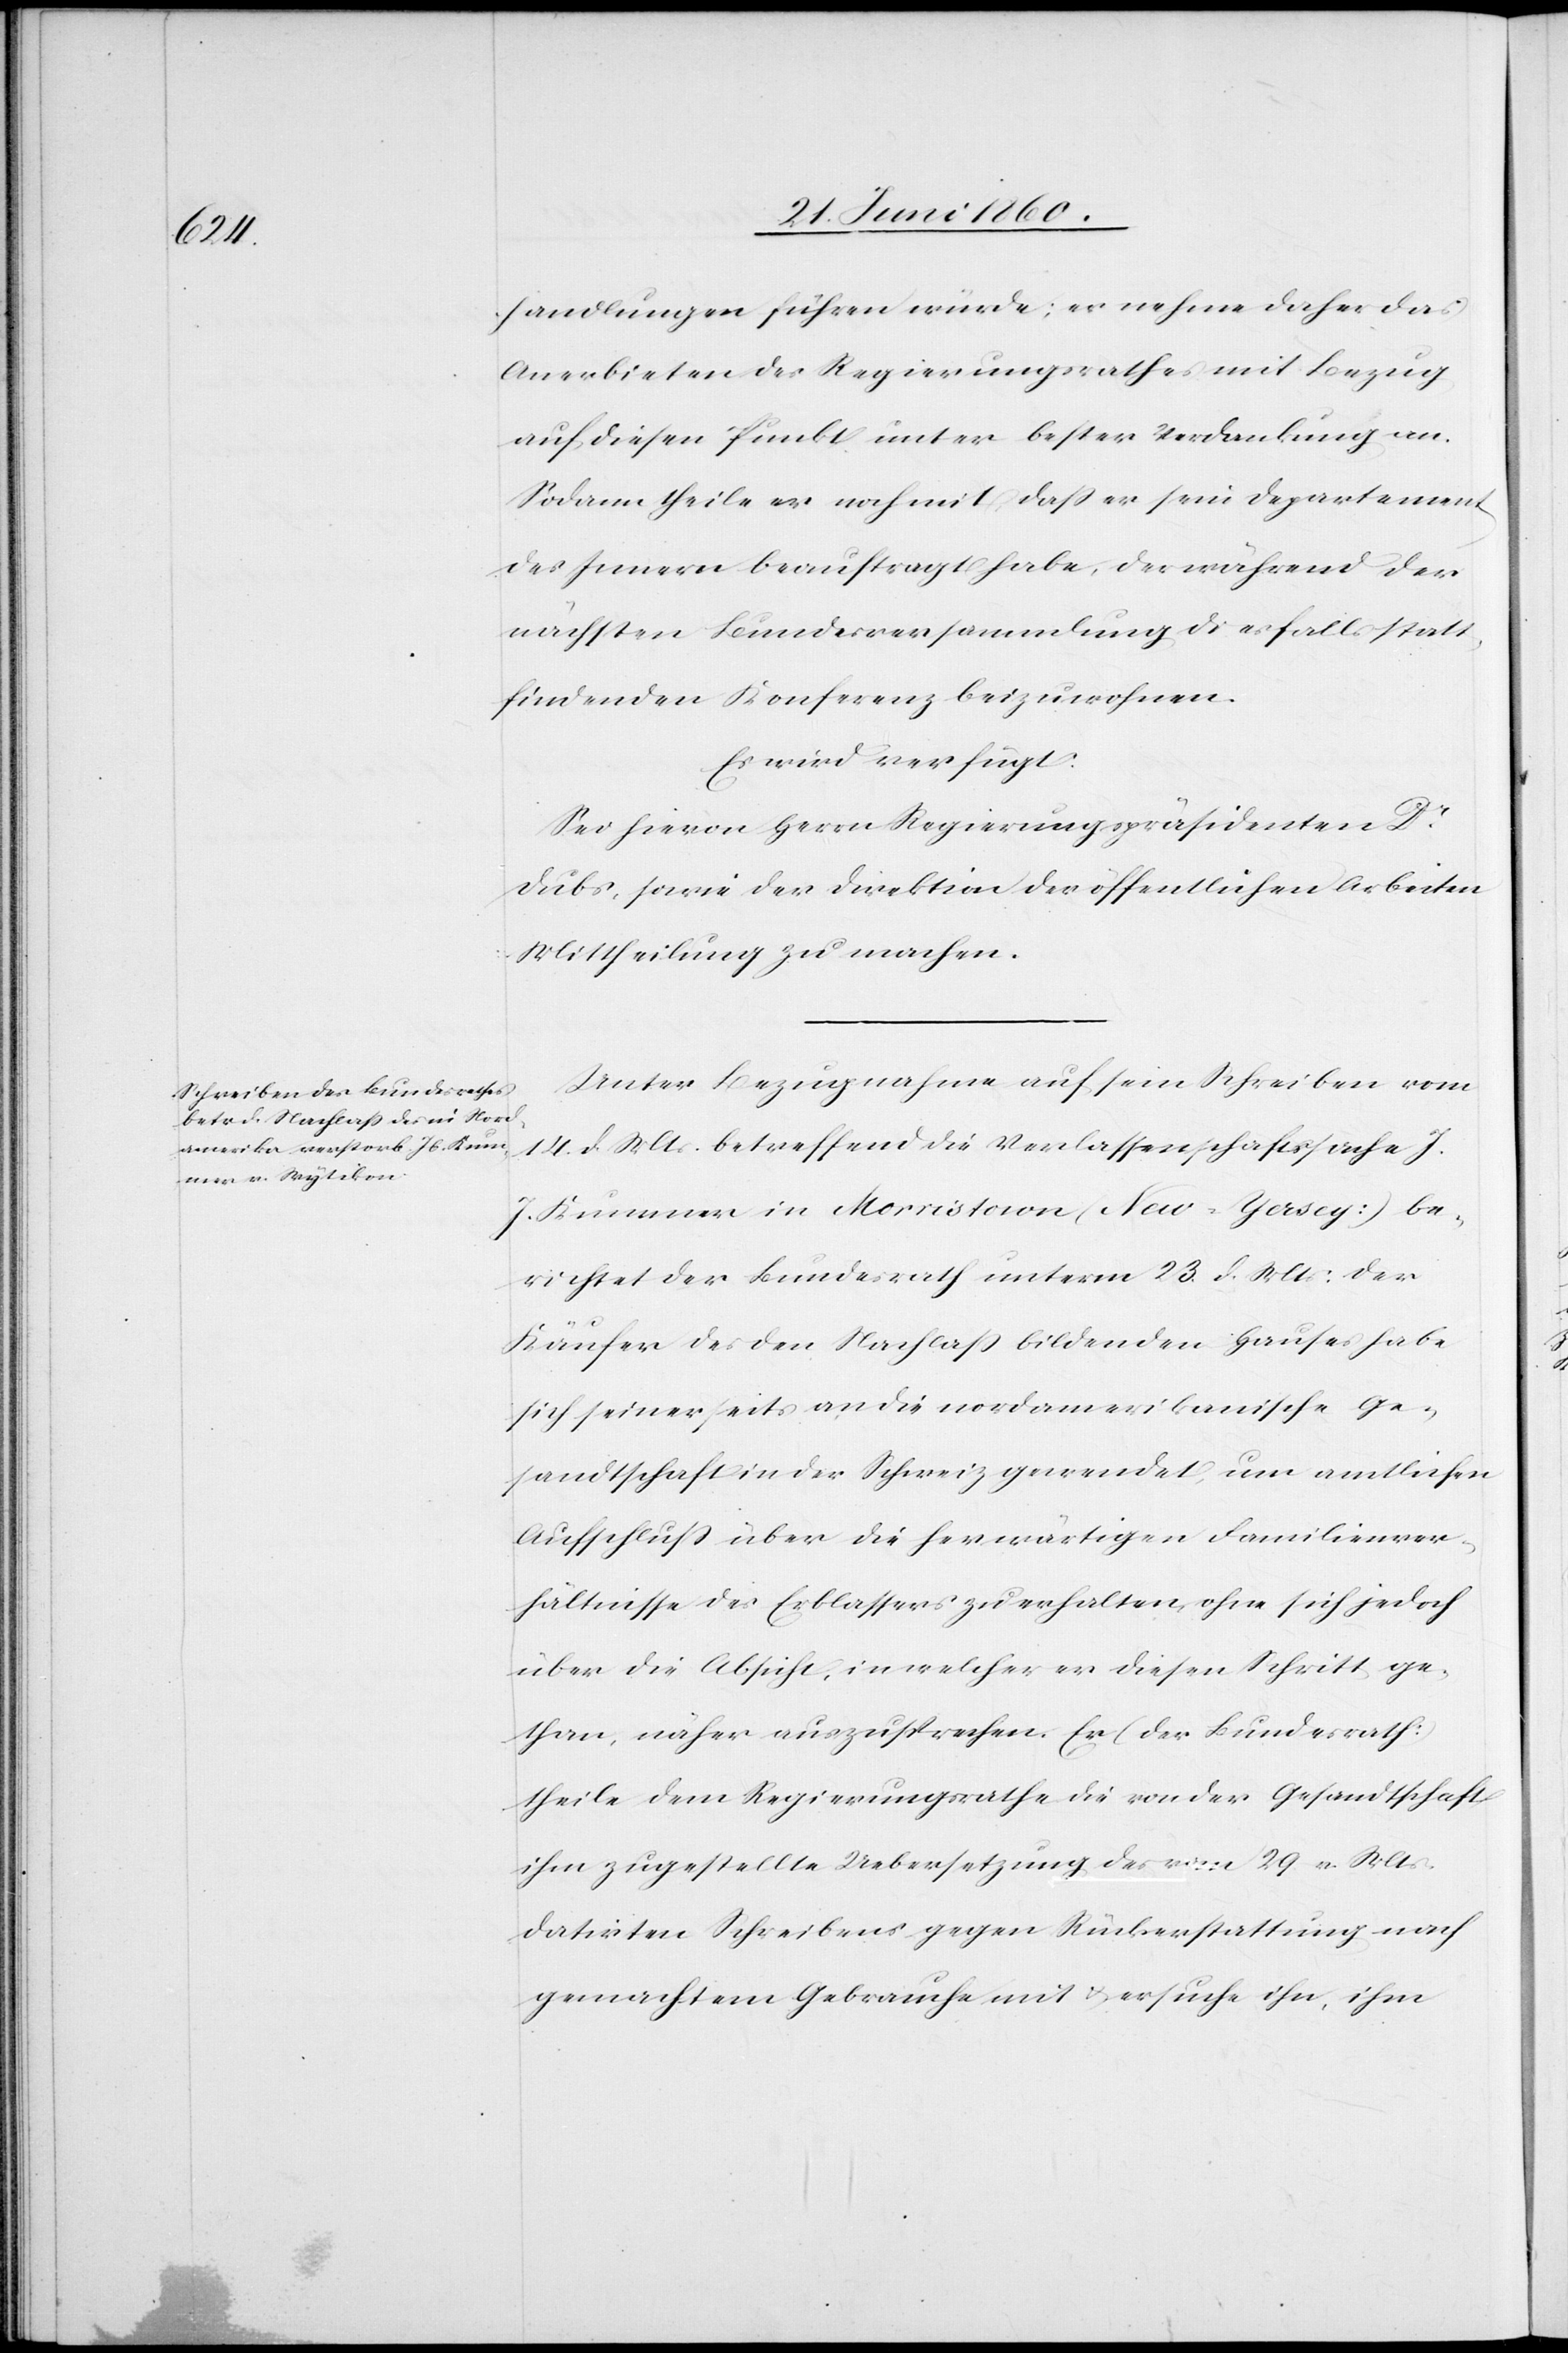
25. Juni 1860.]
handlungen führen würde; es nehme daher das
Anerbieten des Regierungsrathes mit Bezug
auf diesen Punkt unter bester Verdankung an.
Sodann theile er noch mit, dass er sein Departement
des Innern beauftragt habe, der während der
nächsten Bundesversammlung diesfalls statt¬
findenden Konferenz beizuwohnen.
Es wird verfügt:
Sei hievon Herrn Regierungspräsidenten Dr
Dubs, sowie der Direktion der öffentlichen Arbeiten
Mittheilung zu machen.
Unter Bezugnahme auf sein Schreiben vom
14. d. Mts. betreffend die Verlassenschaftssache J.
J. Kummer in Morristown (New-Yersey) be¬
richtet der Bezirksrath unterm 23. d, Mts: der
Käufer des den Nachlaß bildenden Hauses habe
sich seinerseits an die nordamerikanische Ge¬
sandtschaft in der Schweiz gewendet, um amtlichen
Aufschluss über die herwärtigen Familienver¬
hältnisse des Erblassers zu erhalten, ohne sich jedoch
über die Absicht, in welcher er diesen Schritt ge¬
than, näher auszusprechen. Er (der Bundesrath)
theile dem Regierungsrathe die von der Gesandtschaft
ihm zugestellte Uebersetzung des vom 29. v. Mts.
datirten Schreibens gegen Rückerstattung nach
gemachtem Gebrauche mit u. ersuche ihn, ihm